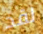
لقد